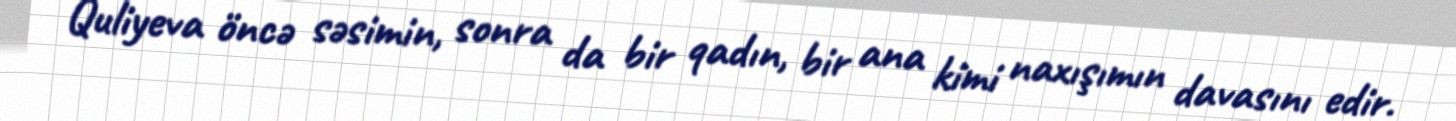
Quliyeva öncə səsimin, sonra da bir qadın, bir ana kimi naxışımın davasını edir.